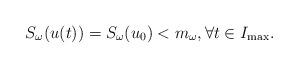
LaTeX: \begin{align*} S_\omega(u(t)) = S_\omega(u_0)<m_\omega, \forall t\in I_{\max}.\end{align*}